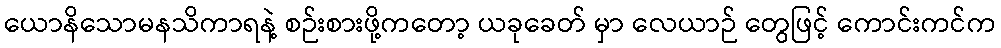
ယောနိသောမနသိကာရနဲ့ စဉ်းစားဖို့ကတော့ ယခုခေတ် မှာ လေယာဉ် တွေဖြင့် ကောင်းကင်က